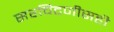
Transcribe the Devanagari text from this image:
सरचिटणीसही